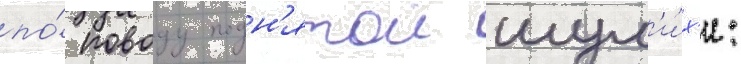
по́ поводу подн'ятои шум'и́х'и: